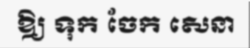
ឱ្យ ទុក ចែក សេនា